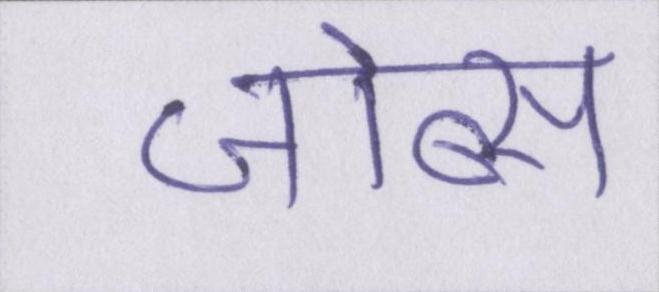
जोब्स